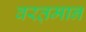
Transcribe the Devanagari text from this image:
वरत़़मान